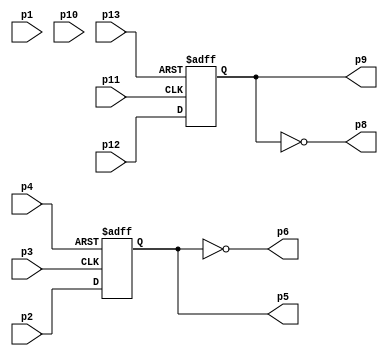
/////////////////////////////////////////
// 74HC74 - Dual D-type flip-flop with asynchronous set and clear; positive edge-trigger
// Modified 
//
// UNIT A
// Single D flip-floop with asynchronous set; positive edge-trigger
// DATA p2 - CLK p3 - Q p5 - notQ p6 - PRESET p4 - CLEAR p1 (not valid)
//
// UNIT B
// Single D flip-floop with asynchronous clear; positive edge-trigger
// DATA p12 - CLK p11 - Q p9 - notQ p8 - PRESET p10(not valid) - CLEAR p13
// Antonio Sanchez (@TheSonders)
////////////////////////////////////////

module HC74dual(
    input wire  p1,p2,p3,p4,
    output reg  p5=1'b1,
    output wire p6,
    input wire  p13,p12,p11,p10,
    output reg  p9=1'b0,
    output wire p8
);

assign p6=~p5;
assign p8=~p9;

always @(posedge p3 or negedge p4) begin
	if (~p4) begin p5<=1'b1;end
	else begin p5<=p2;end
end

always @(posedge p11 or negedge p13) begin
	if (~p13) begin p9<=1'b0;end
	else begin p9<=p12;end
end


endmodule